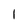
Character: l